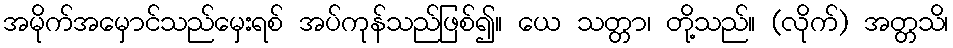
အမိုက်အမှောင်သည်မှေးရစ် အပ်ကုန်သည်ဖြစ်၍။ ယေ သတ္တာ၊ တို့သည်။ (လိုက်) အတ္တသိ၊